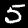
Label: 5